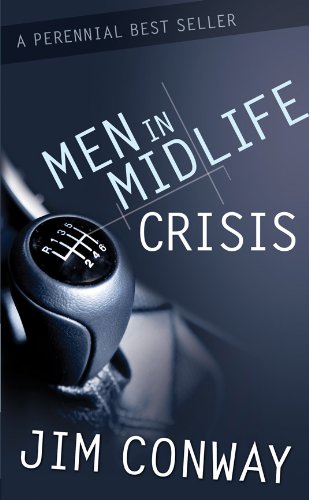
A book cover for Men in Midlife Crisis; Jim Conway; Self-Help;